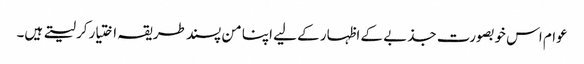
عوام اس خوبصورت جذبے کے اظہار کے لیے اپنا من پسند طریقہ اختیارکر لیتے ہیں۔